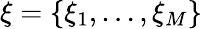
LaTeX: \xi=\{ \xi_{1},\dots,\xi_{M}\}